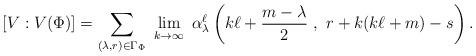
LaTeX: \begin{align*}[V:V(\Phi)] = \sum_{ (\lambda,r)\in\Gamma_{\Phi}}\ \lim_{k\to\infty}\ \alpha_\lambda^\ell \left(k\ell+\frac{m-\lambda}{2}\ ,\ r+ k(k\ell+m)-s\right).\end{align*}